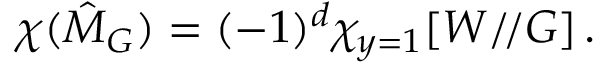
\chi ( \hat { \cal M } _ { G } ) = ( - 1 ) ^ { d } \chi _ { y = 1 } [ W / \! / G ] \, .